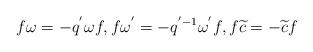
LaTeX: \begin{gather*}f\omega = - {q^{'}}\omega f, f{\omega ^{'}} = - {q^{' - 1}}{\omega ^{'}}f,f\widetilde{c} = - \widetilde{c}f\end{gather*}